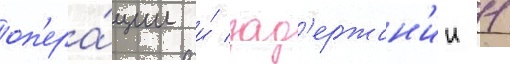
оп'ера́ции и́ зад'ержан'ии 11